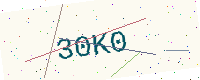
Text: 30K0